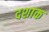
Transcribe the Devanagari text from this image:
दशाक